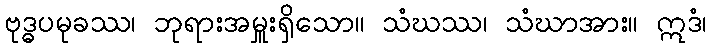
ဗုဒ္ဓပမုခဿ၊ ဘုရားအမှူးရှိသော။ သံဃဿ၊ သံဃာအား။ ဣဒံ၊